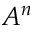
A ^ { n }